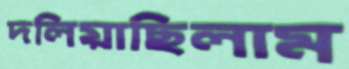
দলিয়াছিলাম